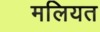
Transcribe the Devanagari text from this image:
मलियत